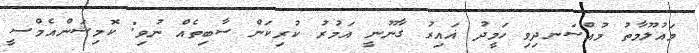
މައުލޫމާތު މުއްސަނދިވި ހަމީދު ޣައިރު ގާނޫނީ އަމުރު ކުރިކަން ސާބިތެއް ނުވި: ކޮމިޝަންއެމްސީ